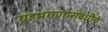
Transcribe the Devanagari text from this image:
ग्रहभगणासंबंधीचे